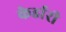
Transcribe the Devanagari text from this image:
केर्डारी